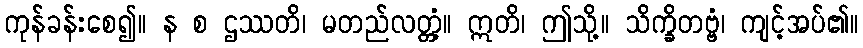
ကုန်ခန်းစေ၍။ န စ ဌဿတိ၊ မတည်လတ္တံ့။ ဣတိ၊ ဤသို့။ သိက္ခိတဗ္ဗံ၊ ကျင့်အပ်၏။